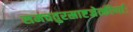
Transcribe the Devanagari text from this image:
समचतुरस्राष्टज्रेत्कीर्णाः